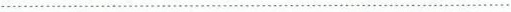
…………